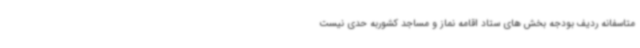
متاسفانه ردیف بودجه بخش های ستاد اقامه نماز و مساجد کشوربه حدی نیست